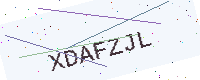
Text: XDAFZJL